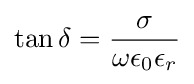
\tan \delta ={\frac {\sigma }{\omega \epsilon _{0}\epsilon _{r}}}